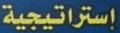
إستراتيجية